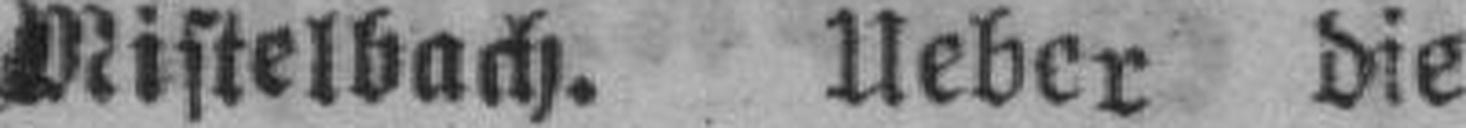
Mistelbach. Ueber die